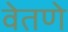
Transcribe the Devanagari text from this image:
वेतणे